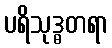
ပရိသုဒ္ဓတရာ